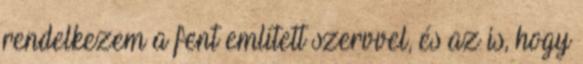
rendelkezem a fent említett szervvel, és az is, hogy